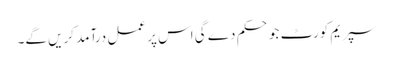
سپریم کورٹ جو حکم دے گی اس پر عمل درآمد کریں گے۔